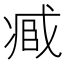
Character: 𠗱